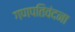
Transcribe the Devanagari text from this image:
गणपतिवंदना